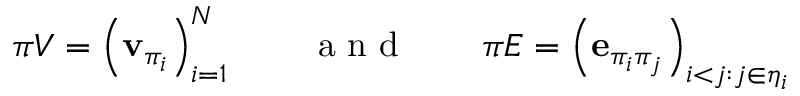
\pi V = \left( \mathbf { v } _ { \pi _ { i } } \right) _ { i = 1 } ^ { N } \quad \quad \mathrm { ~ a ~ n ~ d ~ } \quad \quad \pi E = \left( \mathbf { e } _ { \pi _ { i } \pi _ { j } } \right) _ { i < j : j \in \eta _ { i } }